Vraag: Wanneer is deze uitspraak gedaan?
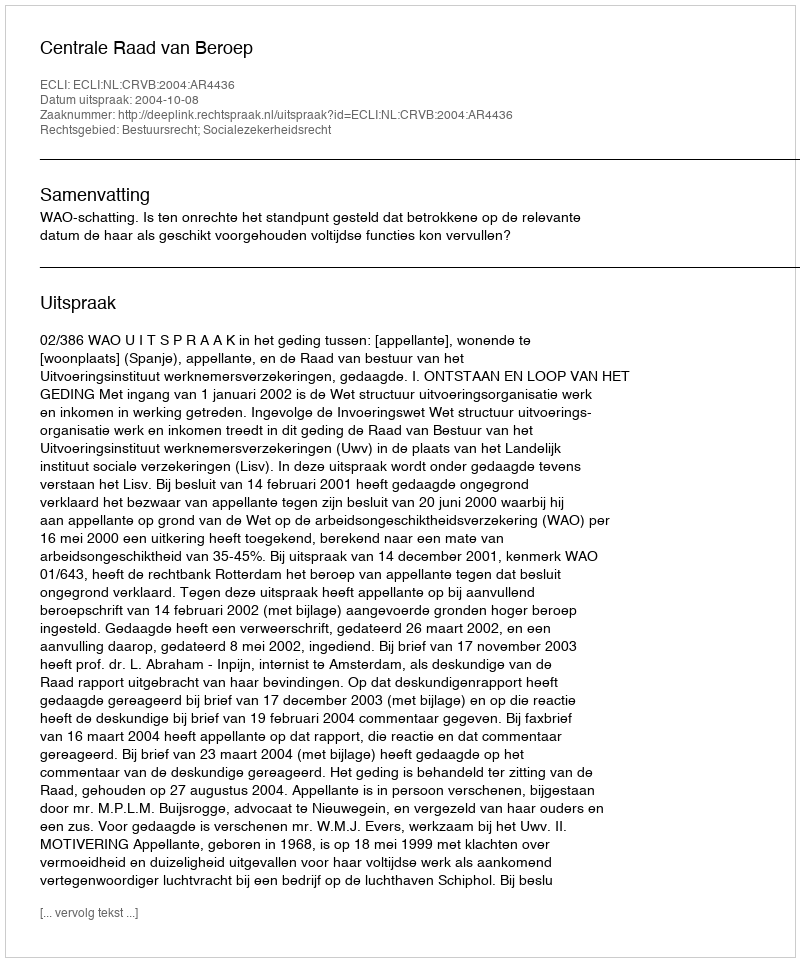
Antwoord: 2004-10-08